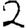
Digit: 2